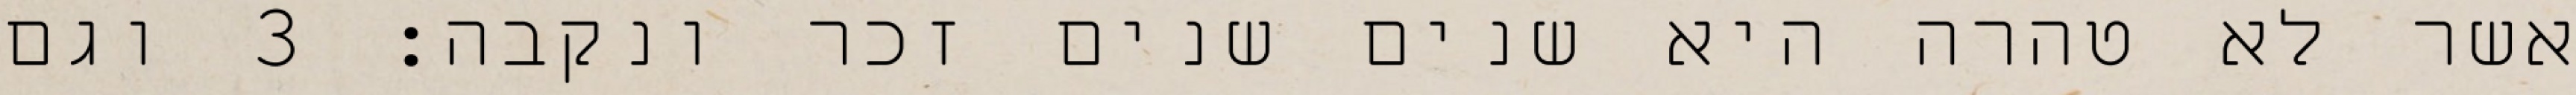
אשר לא טהרה היא שנים שנים זכר ונקבה׃ ‎3‏ וגם